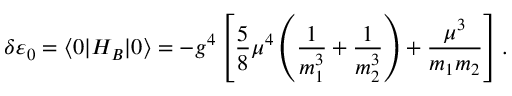
\delta \varepsilon _ { 0 } = \langle 0 | H _ { B } | 0 \rangle = - g ^ { 4 } \left[ { \frac { 5 } { 8 } } \mu ^ { 4 } \left( \frac { 1 } { m _ { 1 } ^ { 3 } } + \frac { 1 } { m _ { 2 } ^ { 3 } } \right) + \frac { \mu ^ { 3 } } { m _ { 1 } m _ { 2 } } \right] .